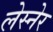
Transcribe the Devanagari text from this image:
लेस्नेर